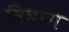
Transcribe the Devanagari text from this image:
विघाग